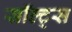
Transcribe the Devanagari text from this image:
सॉल्ट्स